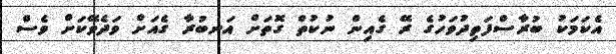
އެކަމަކު ބުރާސްފަތިދުވަހުގެ ރޭ ގެއިން ނުކުތް ގޮތަށް އަނބުރާ ގެއަށް ވަދެވޭކަށް ވެސް